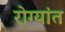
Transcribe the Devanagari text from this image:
रोग्यांत